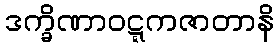
ဒက္ခိဏာဝဋ္ဋကဇာတာနိ